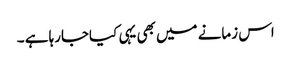
اس زمانے میں بھی یہی کیاجارہا ہے ۔